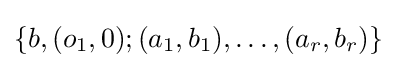
\{b,(o_{1},0);(a_{1},b_{1}),\dots ,(a_{r},b_{r})\}